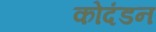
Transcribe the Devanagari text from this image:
कोदंडन